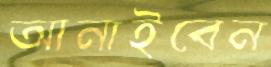
আনাইবেন